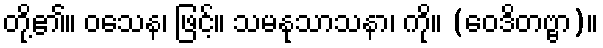
တို့၏။ ဝသေန၊ ဖြင့်။ သမနုသာသနာ၊ ကို။ (ဝေဒိတဗ္ဗာ)။